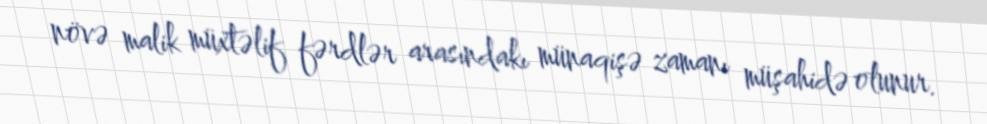
növə malik müxtəlif fərdlər arasındakı münaqişə zamanı müşahidə olunur.